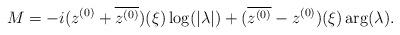
LaTeX: \begin{align*}M & = -i(z^{(0)} +\overline{z^{(0)}})(\xi)\log(|\lambda|) +(\overline{z^{(0)}}- z^{(0)})(\xi) \arg(\lambda). \end{align*}